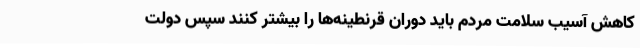
کاهش آسیب سلامت مردم باید دوران قرنطینه‌ها را بیشتر کنند سپس دولت